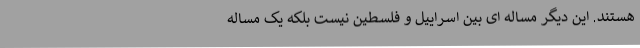
هستند. این دیگر مساله ای بین اسراییل و فلسطین نیست بلکه یک مساله